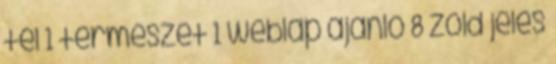
tél 1 természet 1 weblap ajánló 8 zöld jeles